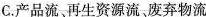
C.产品流、再生资源流、废弃物流